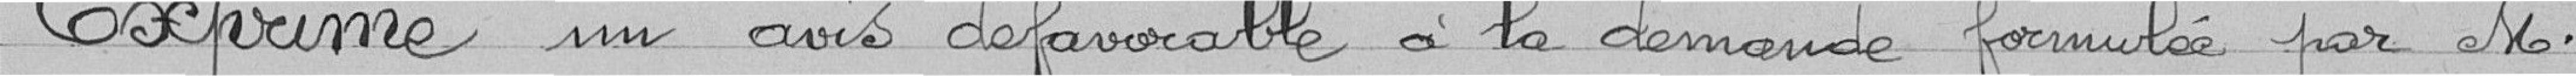
Exprime un avis défavorable à la demande formulée par Monsieur